Indian journal of veterinary science and animal husbandry - Volume 10,
Year: 1940
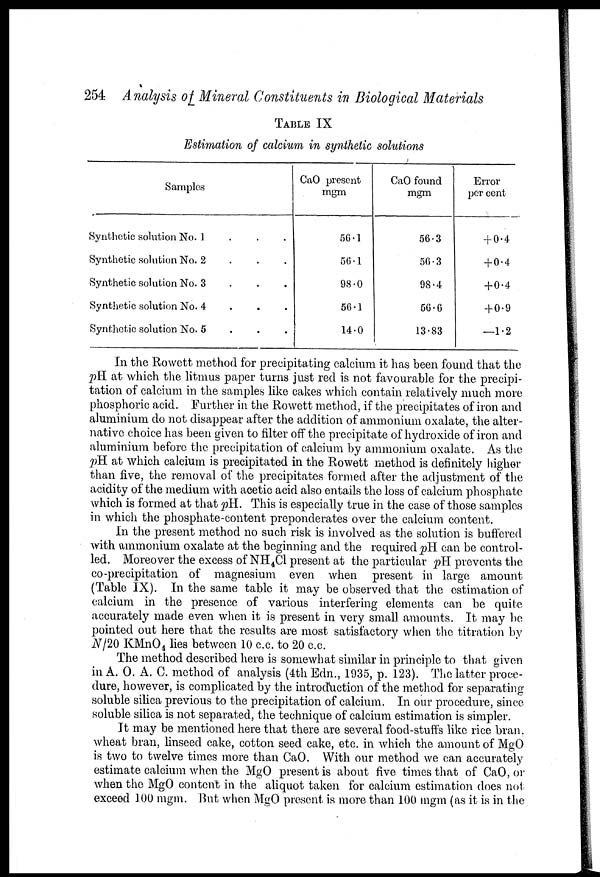
254 Analysis of Mineral Constituents in Biological Materials
TABLE IX
Estimation of calcium in synthetic solutions
Samples
Synthetic solution No. 1
Synthetic solution No. 2
Synthetic solution No. 3
Synthetic solution No. 4
Synthetic solution No. 5
CaO present
mgm
56.1
50.1
98.0
56.1
14.0
CaO found
mgm
56.3
50.3
98.4
56.6
13.83
Error
per cent
+ 0.4
+0.4
+ 0.4
+ 0.9
—1.2
In the Rowett method for precipitating calcium it has been found that the
pH at which the litmus paper turns just red is not favourable for the precipi-
tation of calcium in the samples like cakes which contain relatively much more
phosphoric acid. Further in the Rowett method, if the precipitates of iron and
aluminium do not disappear after the addition of ammonium oxalate, the alter-
native choice has been given to filter off the precipitate of hydroxide of iron and
aluminium before the precipitation of calcium by ammonium oxalate. As the
pH at which calcium is precipitated in the Rowett method is definitely higher
than five, the removal of the precipitates formed after the adjustment of the
acidity of the medium with acetic acid also entails the loss of calcium phosphate
which is formed at that pH. This is especially true in the case of those samples
in which the phosphate-content preponderates over the calcium content.
In the present method no such risk is involved as the solution is buffered
with ammonium oxalate at the beginning and the required pH can be control-
led. Moreover the excess of NH 4 C1 present at the particular pH prevents the
co-precipitation of magnesium even when present in large amount
(Table IX). In the same table it may be observed that the estimation of
calcium in the presence of various interfering elements can be quite
accurately made even when it is present in very small amounts. It may be
pointed out here that the results are most satisfactory when the titration by
N/20 KMnO 4 lies between 10 c.c. to 20 c.c.
The method described here is somewhat similar in principle to that given
in A. O. A. C. method of analysis (4th Edn., 1935, p. 123). The latter proce-
dure, however, is complicated by the introduction of the method for separating
soluble silica previous to the precipitation of calcium. In our procedure, since
soluble silica is not separated, the technique of calcium estimation is simpler.
It may be mentioned here that there are several food-stuffs like rice bran,
wheat bran, linseed cake, cotton seed cake, etc. in which the amount of MgO
is two to twelve times more than CaO. With our method we can accurately
estimate calcium when the MgO present is about five times that of CaO, or
when the MgO content in the aliquot taken for calcium estimation does not
exceed 100 mgm. But when MgO present is more than 100 mgm (as it is in the